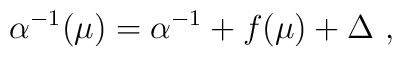
\alpha^{-1}(\mu)=\alpha^{-1} +f(\mu) +\Delta~,